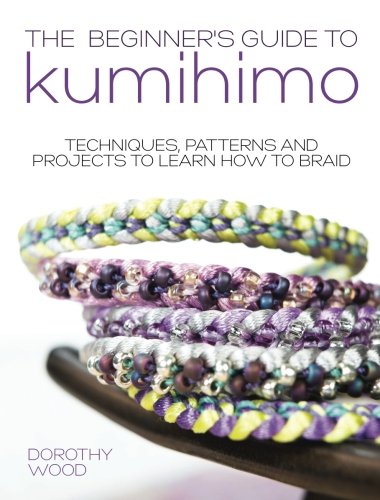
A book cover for Beginner's Guide to Kumihimo: Techniques, Patterns And Projects To Learn How To Braid; Dorothy Wood; Crafts, Hobbies & Home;